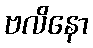
ဗလိနော